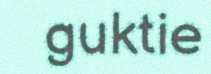
guktie